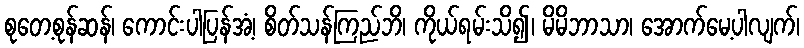
စုတေ့စုန်ဆန်၊ ကောင်းပါပြန်အံ့၊ စိတ်သန်ကြည်ဘိ၊ ကိုယ်ရမ်းသိ၍၊ မိမိဘာသာ၊ အောက်မေ့ပါလျက်၊